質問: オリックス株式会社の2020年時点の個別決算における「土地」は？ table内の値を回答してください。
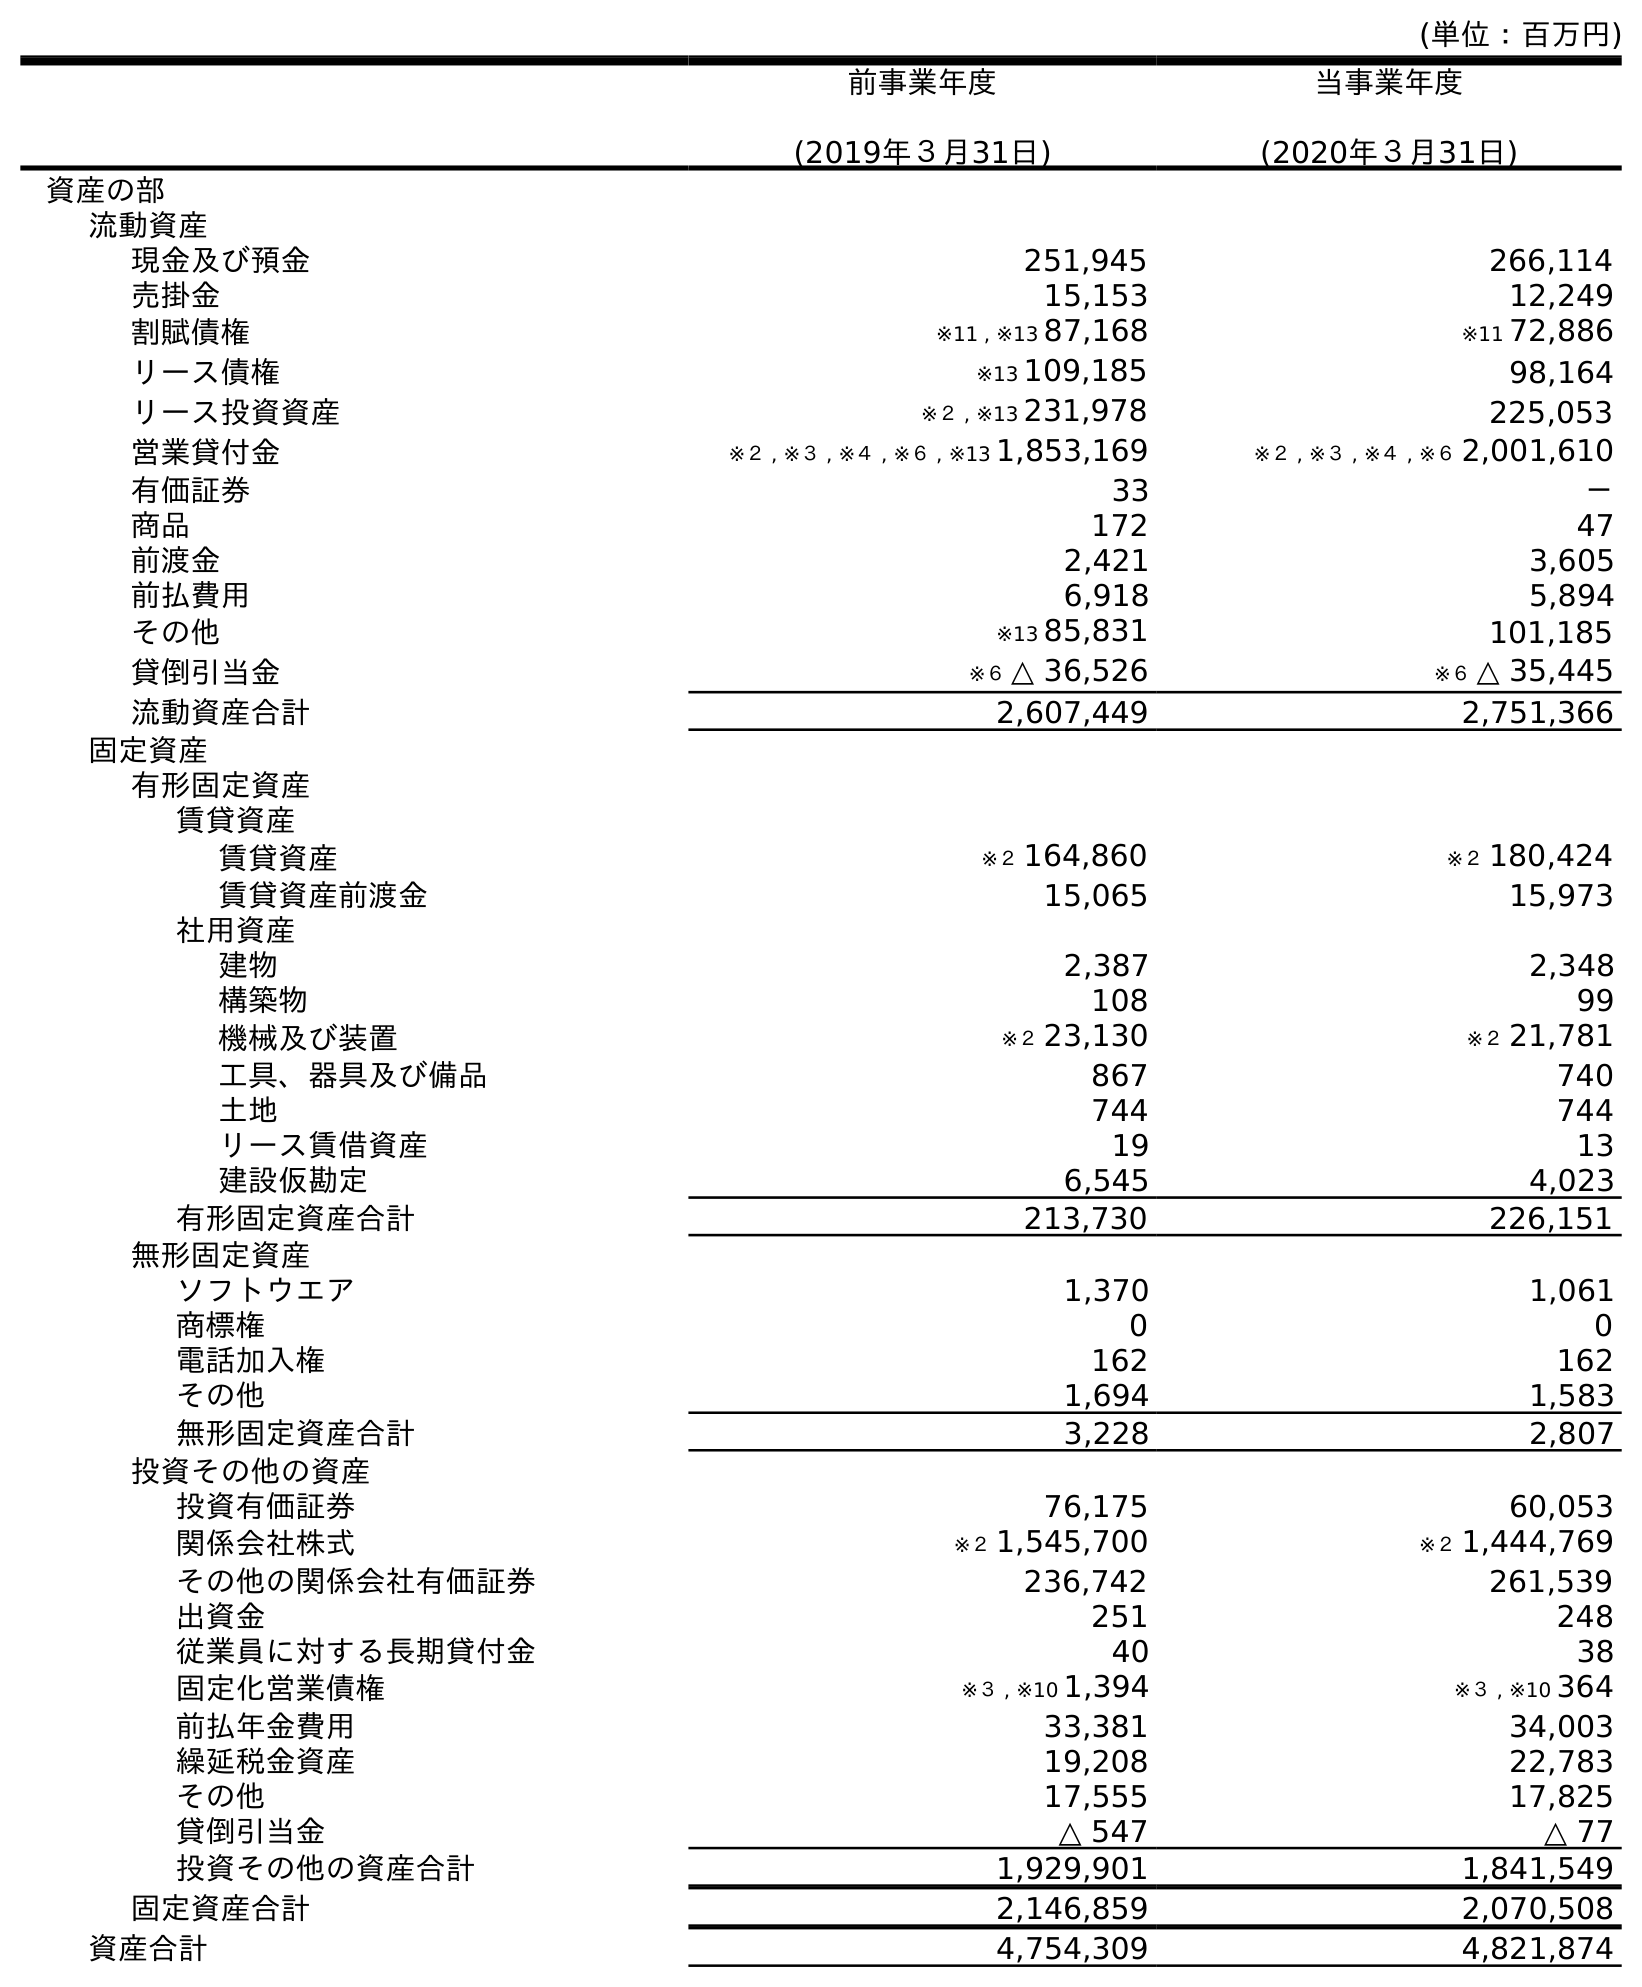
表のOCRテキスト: (単位：百万円) 前事業年度 (2019年３月31日) 当事業年度 (2020年３月31日) 資産の部 流動資産 現金及び預金 251,945 266,114 売掛金 15,153 12,249 割賦債権 ※11 , ※13 87,168 ※11 72,886 リース債権 ※13 109,185 98,164 リース投資資産 ※２ , ※13 231,978 225,053 営業貸付金 ※２ , ※３ , ※４ , ※６ , ※13 1,853,169 ※２ , ※３ , ※４ , ※６ 2,001,610 有価証券 33 － 商品 172 47 前渡金 2,421 3,605 前払費用 6,918 5,894 その他 ※13 85,831 101,185 貸倒引当金 ※６ △ 36,526 ※６ △ 35,445 流動資産合計 2,607,449 2,751,366 固定資産 有形固定資産 賃貸資産 賃貸資産 ※２ 164,860 ※２ 180,424 賃貸資産前渡金 15,065 15,973 社用資産 建物 2,387 2,348 構築物 108 99 機械及び装置 ※２ 23,130 ※２ 21,781 工具、器具及び備品 867 740 土地 744 744 リース賃借資産 19 13 建設仮勘定 6,545 4,023 有形固定資産合計 213,730 226,151 無形固定資産 ソフトウエア 1,370 1,061 商標権 0 0 電話加入権 162 162 その他 1,694 1,583 無形固定資産合計 3,228 2,807 投資その他の資産 投資有価証券 76,175 60,053 関係会社株式 ※２ 1,545,700 ※２ 1,444,769 その他の関係会社有価証券 236,742 261,539 出資金 251 248 従業員に対する長期貸付金 40 38 固定化営業債権 ※３ , ※10 1,394 ※３ , ※10 364 前払年金費用 33,381 34,003 繰延税金資産 19,208 22,783 その他 17,555 17,825 貸倒引当金 △ 547 △ 77 投資その他の資産合計 1,929,901 1,841,549 固定資産合計 2,146,859 2,070,508 資産合計 4,754,309 4,821,874
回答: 744